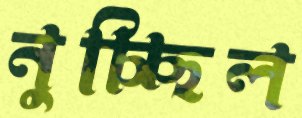
নুচ্ছিল